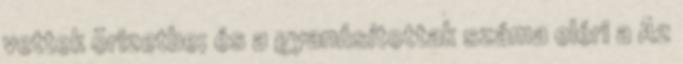
vettek õrizetbe; és a gyanúsítottak száma eléri a Az